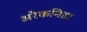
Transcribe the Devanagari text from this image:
अरैकनिडा